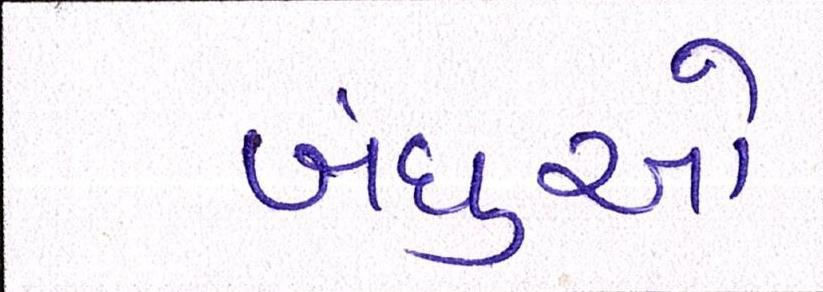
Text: બંધુઓ